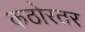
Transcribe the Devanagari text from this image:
कठोरतर